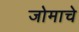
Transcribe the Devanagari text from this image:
जोमाचे